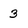
Character: 3